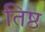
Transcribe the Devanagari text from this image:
तिष्ठ